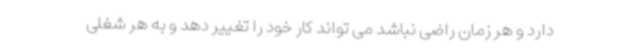
دارد و هر زمان راضی نباشد می تواند کار خود را تغییر دهد و به هر شغلی